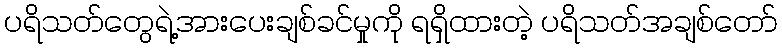
ပရိသတ်တွေရဲ့အားပေးချစ်ခင်မှုကို ရရှိထားတဲ့ ပရိသတ်အချစ်တော်